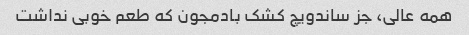
همه عالی، جز ساندویچ کشک بادمجون که طعم خوبی نداشت